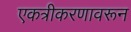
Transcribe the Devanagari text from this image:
एकत्रीकरणावरून